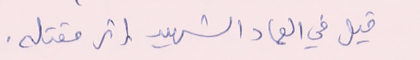
قيل في العماد الشهيد إثر مقتله.